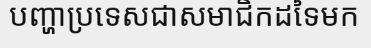
បញ្ហាប្រទេសជាសមាជិកដទៃមក